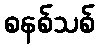
စနစ်သစ်